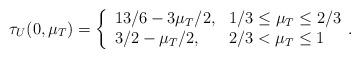
LaTeX: \begin{align*}\tau_U(0,\mu_T)=\left\{\begin{array}{ll}13/6-3\mu_T/2, & 1/3\le\mu_T\le2/3\\3/2-\mu_T/2, &2/3<\mu_T\le1\end{array}.\right.\end{align*}